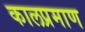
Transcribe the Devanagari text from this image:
कालप्रमाण